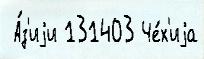
 А́з'иjи 131403 Че́х'иjа